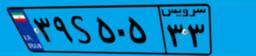
۳۹S۵۰۵۳۳